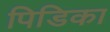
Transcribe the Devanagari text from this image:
पिडिका